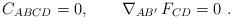
LaTeX: \begin{align*}C_{ABCD}=0 ,\qquad \nabla_{AB'} \, F_{CD}=0\ .\end{align*}